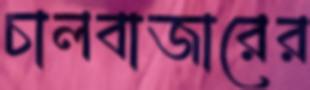
চালবাজারের